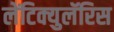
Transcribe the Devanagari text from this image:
लेंटिक्युलॅरिस